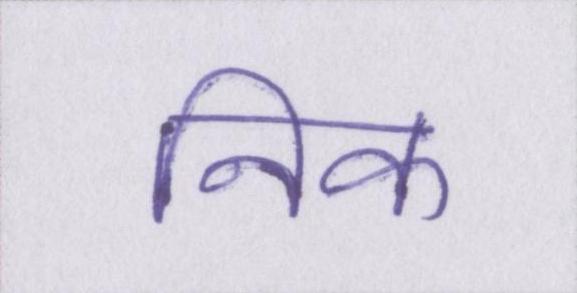
निक